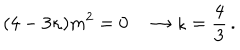
LaTeX: ( 4 - 3 \kappa ) m ^ { 2 } = 0 \quad \rightarrow \kappa = { \frac { 4 } { 3 } } \, .